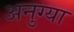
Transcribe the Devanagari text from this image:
अनुग्या